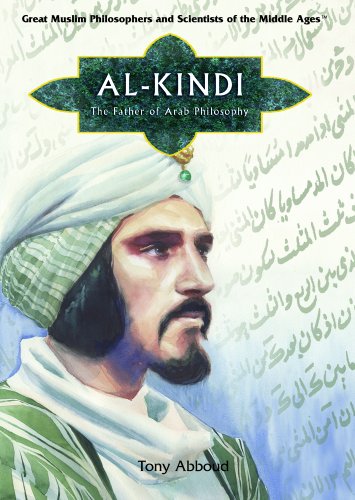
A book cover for Al Kindi: Father of Arab Philosophy (Great Muslim Philosophers and Scientists of the Middle Ages); Tony Abboud; Teen & Young Adult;